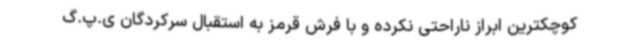
کوچکترین ابراز ناراحتی نکرده و با فرش‌ قرمز به استقبال سرکردگان ی.پ.گ